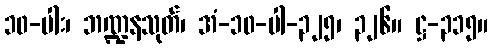
၁၀-ပါး၊ ဘဏ္ဍနသုတ်၊ အံ-၁၀-ပါ-၃၂၅၊ ၃၂၆။ ဋ္ဌ-၃၁၅။